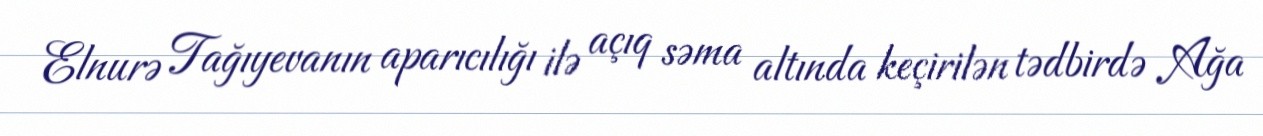
Elnurə Tağıyevanın aparıcılığı ilə açıq səma altında keçirilən tədbirdə Ağa